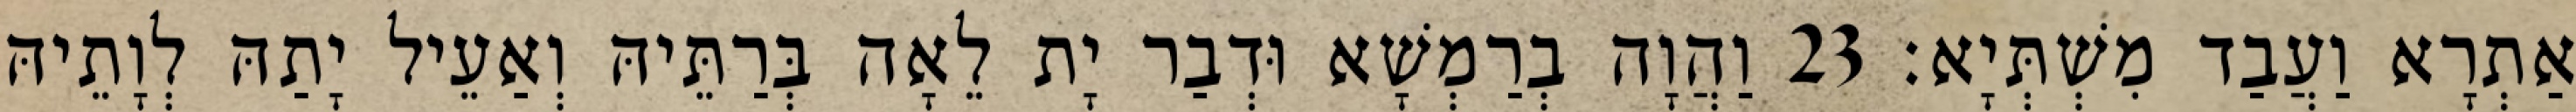
אַתְרָא וַעֲבַד מִשְׁתְּיָא׃ 23 וַהֲוָה בְרַמְשָׁא וּדְבַר יָת לֵאָה בְּרַתֵּיהּ וְאַעֵיל יָתַהּ לְוָתֵיהּ